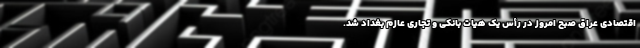
اقتصادی عراق صبح امروز در رأس یک هیات بانکی و تجاری عازم بغداد شد.